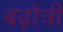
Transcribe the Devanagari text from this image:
बढ़ोत्री